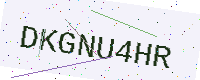
Text: DKGNU4HR